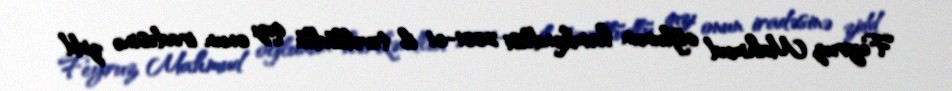
Feyruz Mahmud oğlunun həmkəndlisi 2001-ci il təvəllüdlü qızı onun iradəsinə zidd